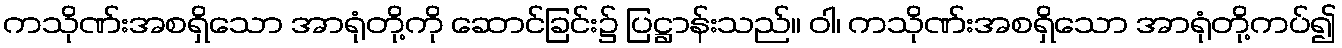
ကသိုဏ်းအစရှိသော အာရုံတို့ကို ဆောင်ခြင်း၌ ပြဋ္ဌာန်းသည်။ ဝါ၊ ကသိုဏ်းအစရှိသော အာရုံတို့ကပ်၍